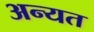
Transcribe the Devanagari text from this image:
अन्यत